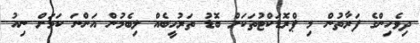
ދިވެހިންގެ ފަަރާތުން މި ޕްރޮޑަކްޓުތަކަށް ބޮޑު ތަރުހީބެއް ލިބެމުން އަންނަ ކަމަށް ނިއު